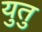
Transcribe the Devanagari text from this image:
युतु